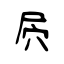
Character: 屄